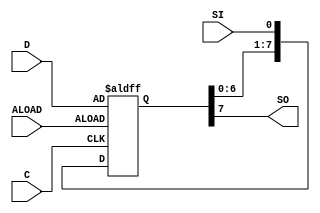
module shift_left_reg (C, ALOAD, SI, D, SO); 
input  C,SI,ALOAD; 
input [7:0] D; 
output SO; 
reg [7:0] tmp; 
 
  always @(posedge C or posedge ALOAD) 
  begin 
    if (ALOAD) 
      tmp <= D; 
    else 
      begin 
        tmp <= {tmp[6:0], SI}; 
      end 
  end 
  assign SO  = tmp[7]; 
endmodule